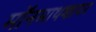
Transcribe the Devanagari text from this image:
मॉनमाथशायर